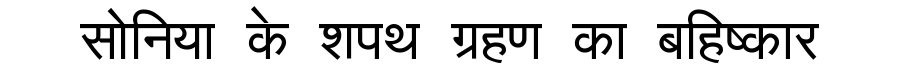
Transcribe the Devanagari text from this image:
सोनिया के शपथ ग्रहण का बहिष्कार